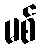
မစ်